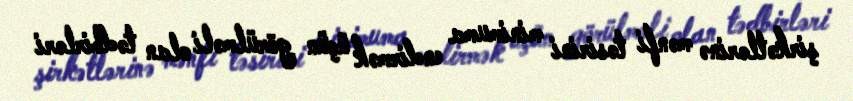
şirkətlərinə mənfi təsirini minimuma endirmək üçün görülməli olan tədbirləri